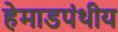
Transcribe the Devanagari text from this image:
हेमाडपंथीय